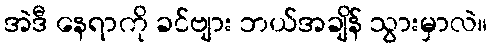
အဲဒီ နေရာကို ခင်ဗျား ဘယ်အချိန် သွားမှာလဲ။